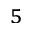
^ 5